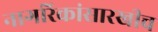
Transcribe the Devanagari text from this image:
नागरिकांसारखीच